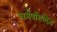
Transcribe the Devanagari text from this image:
धर्मपरिषदेत